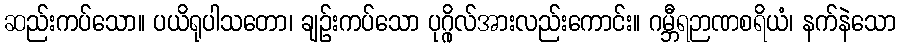
ဆည်းကပ်သော။ ပယိရုပါသတော၊ ချဉ်းကပ်သော ပုဂ္ဂိုလ်အားလည်းကောင်း။ ဂမ္ဘီရဉာဏစရိယံ၊ နက်နဲသော